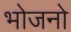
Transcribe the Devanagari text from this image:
भोजनो